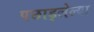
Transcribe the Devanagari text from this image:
पछाड्लेल्या